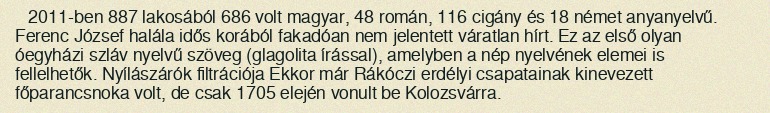
2011-ben 887 lakosából 686 volt magyar, 48 román, 116 cigány és 18 német anyanyelvű. Ferenc József halála idős korából fakadóan nem jelentett váratlan hírt. Ez az első olyan óegyházi szláv nyelvű szöveg (glagolita írással), amelyben a nép nyelvének elemei is fellelhetők. Nyílászárók filtrációja Ekkor már Rákóczi erdélyi csapatainak kinevezett főparancsnoka volt, de csak 1705 elején vonult be Kolozsvárra.